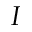
I